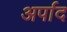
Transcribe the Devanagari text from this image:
अर्पाद